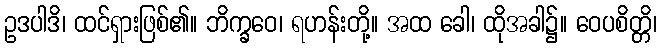
ဥဒပါဒိ၊ ထင်ရှားဖြစ်၏။ ဘိက္ခဝေ၊ ရဟန်းတို့။ အထ ခေါ၊ ထိုအခါ၌။ ဝေပစိတ္တိ၊